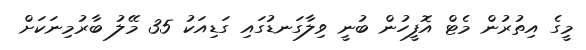
މީގެ އިތުރުން މެޓް އޮފީހުން ބުނީ ވިލާގަނޑުގައި ގަޑިއަކު 35 މޭލު ބާރުމިނަކަށް